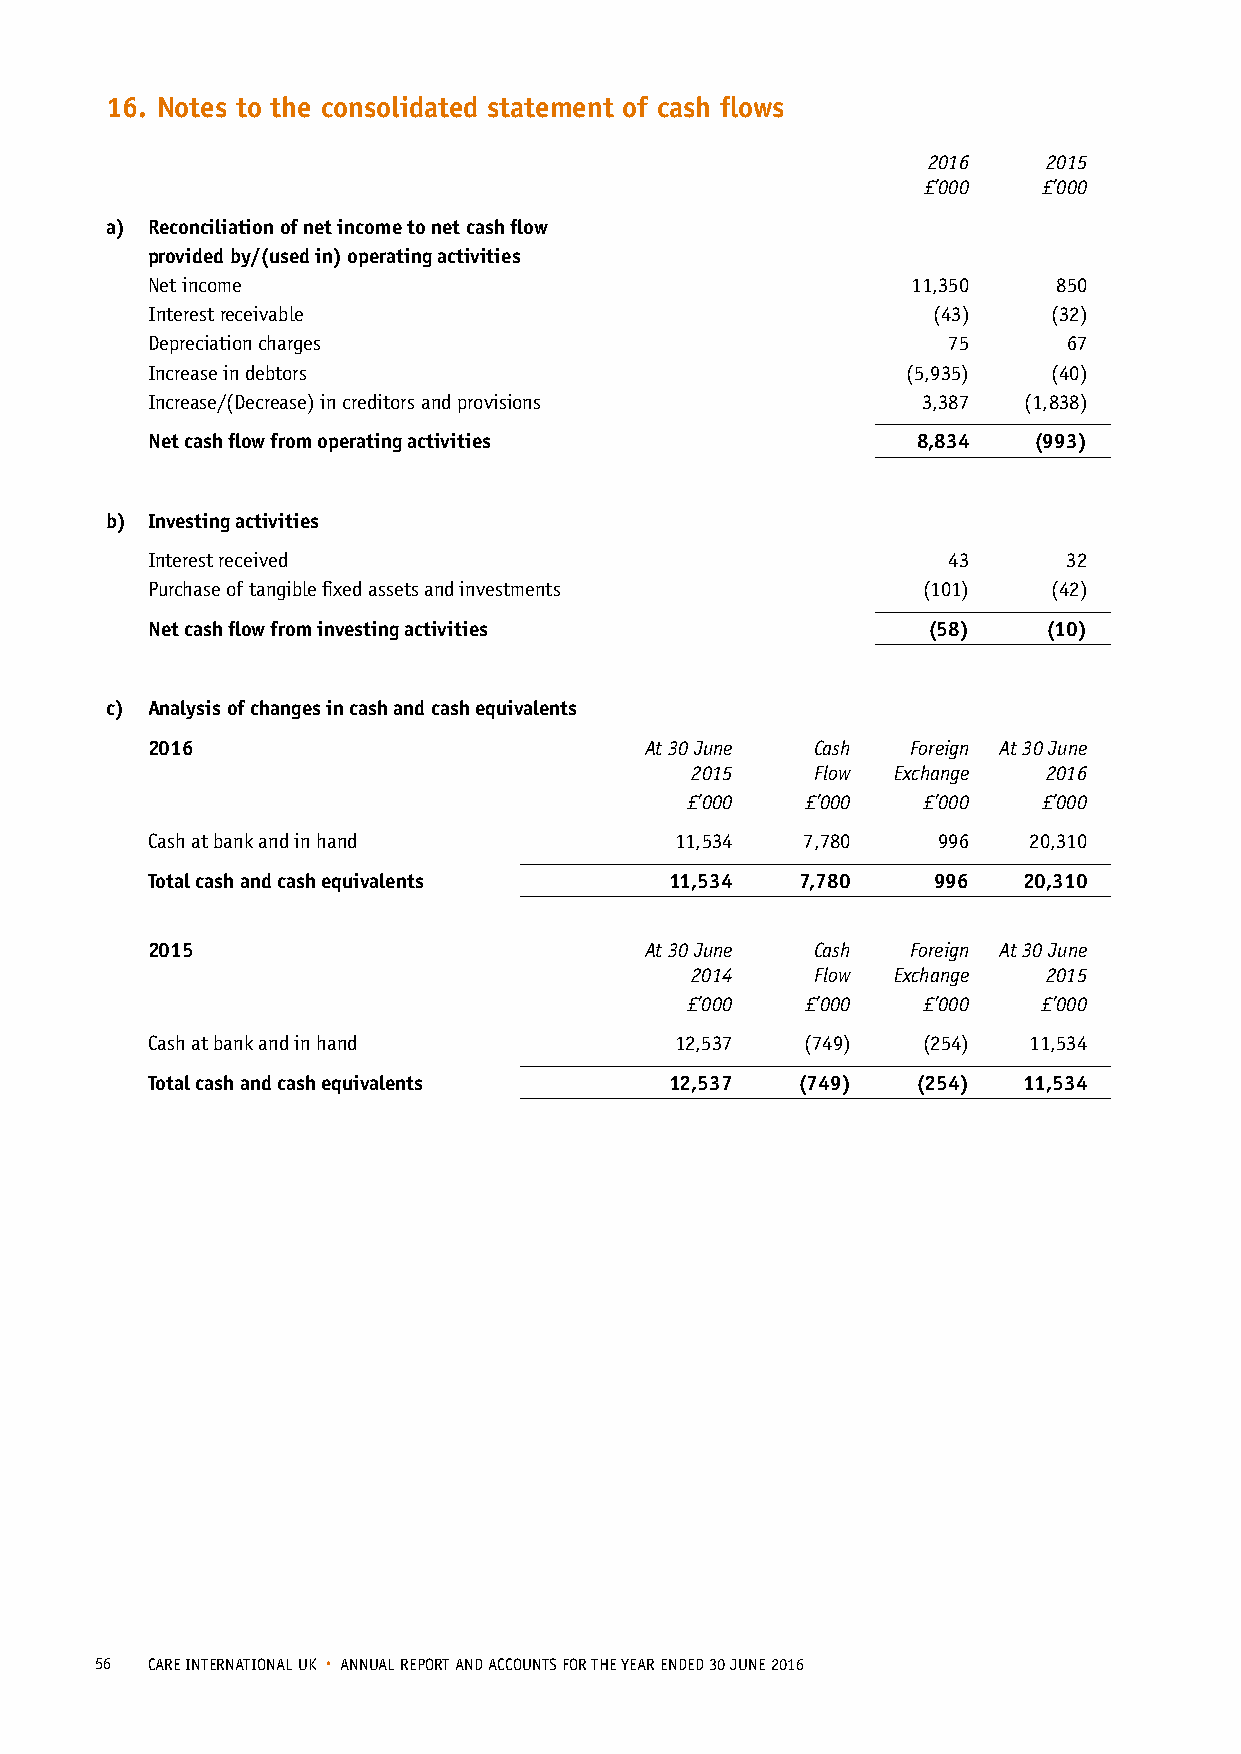
16. Notes to the consolidated statement of cash flows
 2016    2015
 £’000   £’000
 a) R econciliation of net income to net cash flow
 provided by/(used in) operating activities
 Net income                                        11,350    850
 Interest receivable                                 (43)    (32)
 Depreciation charges                                 75      67
 Increase in debtors                               (5,935)   (40)
 Increase/(Decrease) in creditors and provisions    3,387  (1,838)
 Net cash flow from operating activities            8,834  (993)
 b) Investing activities
 Interest received                                    43      32
 Purchase of tangible fixed assets and investments  (101)    (42)
 Net cash flow from investing activities            (58)    (10)
 c) Analysis of changes in cash and cash equivalents
 2016                             At 30 June Cash  Foreign At 30 June
 2015    Flow Exchange  2016
 £’000   £’000   £’000   £’000
 Cash at bank and in hand           11,534  7,780    996   20,310
 Total cash and cash equivalents   11,534   7,780    996   20,310
 2015                             At 30 June Cash  Foreign At 30 June
 2014    Flow Exchange  2015
 £’000   £’000   £’000   £’000
 Cash at bank and in hand           12,537  (749)   (254)  11,534
 Total cash and cash equivalents   12,537   (749)   (254)  11,534
 56  CARE INTERNATIONAL UK • ANNUAL REPORT AND ACCOUNTS FOR THE YEAR ENDED 30 JUNE 2016